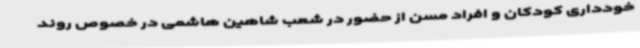
خودداری کودکان و افراد مسن از حضور در شعب شاهین هاشمی در خصوص روند